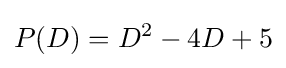
P(D)=D^{2}-4D+5